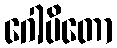
ဂေါပိတော